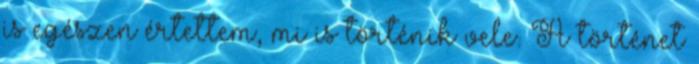
is egészen értettem, mi is történik vele. A történet